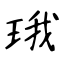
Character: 珴